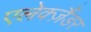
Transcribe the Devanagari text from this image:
एलेक्ज़ैंडर